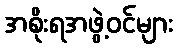
အစိုးရအဖွဲ့ဝင်များ